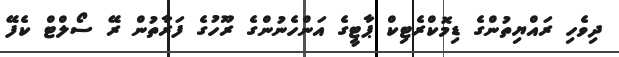
ދިވެހި ރައްޔިތުންގެ ޑިމޮކްރެޓިކް ޕާޓީގެ އަންހެނުންގެ ރޫހުގެ ފަރާތުން ރޭ ސޯލްޓް ކެފޭ